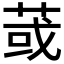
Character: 𦱂